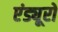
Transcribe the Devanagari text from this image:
एंड्यूरो